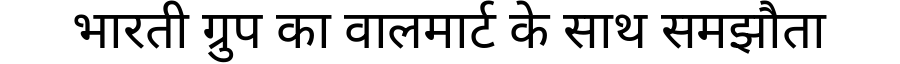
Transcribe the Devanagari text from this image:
भारती ग्रुप का वालमार्ट के साथ समझौता